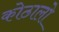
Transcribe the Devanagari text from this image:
कोठालो